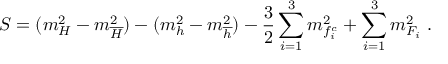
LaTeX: { \cal S } = ( m _ { { \cal H } } ^ { 2 } - m _ { { \cal \overline { { { H } } } } } ^ { 2 } ) - ( m _ { h } ^ { 2 } - m _ { \overline { { { h } } } } ^ { 2 } ) - \frac { 3 } { 2 } \sum _ { i = 1 } ^ { 3 } m _ { f _ { i } ^ { c } } ^ { 2 } + \sum _ { i = 1 } ^ { 3 } m _ { { \cal F } _ { i } } ^ { 2 } \; .